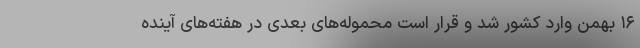
۱۶ بهمن وارد کشور شد و قرار است محموله‌های بعدی در هفته‌های آینده